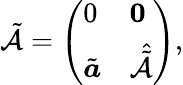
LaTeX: \tilde{\mathcal{A}}=\left(\begin{array}{ll}{0}&{\boldsymbol{0}}\\ {\tilde{\boldsymbol{a}}}&{\hat{\tilde{\mathcal{A}}}}\end{array}\right),